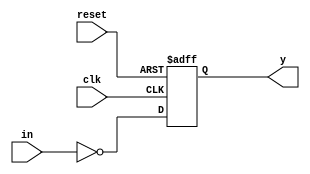
`timescale 1ns / 1ps

module divisibility_by_2(input in, clk, reset, output reg y);
  reg next_state = 0;
  reg state = 0;
  
  parameter s0 = 1'b0, s1 = 1'b1;
  
  //present state block
  always @(posedge clk or posedge reset)
    begin
      if(reset)
      	state <= s0;
      else
        state <= next_state;
    end
  
  //next state and output block
  always @(*)
    begin 
      case(state)
        s0: next_state <= in ? s1 : s0;
        s1: next_state <= in ? s1 : s0;
        default: next_state <= s0;
      endcase
    end
  
  //output block
  always @(posedge clk or posedge reset)
    begin
      if(reset)
      	y <= 1'b0;
      else
        y <= (~in && (state == s0 || state == s1));
    end 
endmodule